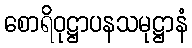
စောရိဝုဋ္ဌာပနသမုဋ္ဌာနံ